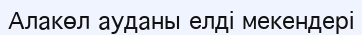
Алакөл ауданы елдi мекендерi